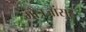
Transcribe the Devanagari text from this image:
गोत्रजांसह